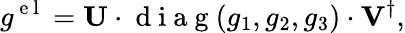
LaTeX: g^{\mathrm{~e~l~}}=\mathbf{U}\cdot\mathrm{~d~i~a~g~}(g_{1},g_{2},g_{3})\cdot\mathbf{V}^{\dagger},